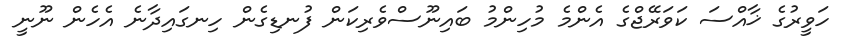
ހަވީރުގެ ޚާއްސަ ކަވަރޭޖްގެ އެންމެ މުހިންމު ބައިނޫސްވެރިކަން ފުނޑިގެން ހިނގައިދާނެ އެހެން ނޫނީ